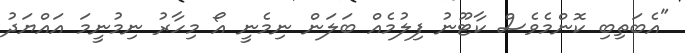
"އެބަތިބި ކޮންމެވެސް ކާޓޫނު ފިލުމެއް ބަލަން ނިމެނީ އޯ މިހާރު ނިމުނީމަ އައްޔަދު